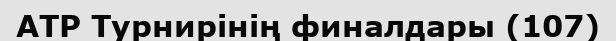
ATP Турнирінің финалдары (107)